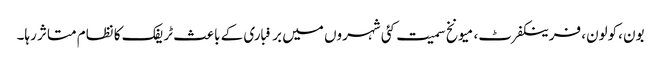
بون ،کولون، فرینکفرٹ، میونخ سمیت کئی شہروں میں برفباری کے باعث ٹریفک کا نظام متاثر رہا۔